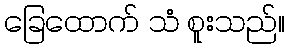
ခြေထောက် သံ စူးသည်။